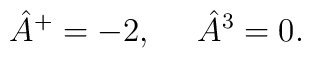
\hat A^+ = -2, \ \ \ \ \hat A^3 = 0.